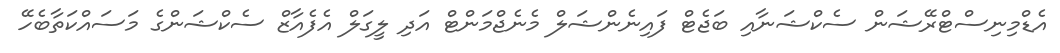
އެޑްމިނިސްޓްރޭޝަން ސެކްޝަނާއި ބަޖެޓް ފައިނެންޝަލް މެނެޖްމަންޓް އަދި ލީގަލް އެފެއާޒް ސެކްޝަންގެ މަސައްކަތާބެހޭ